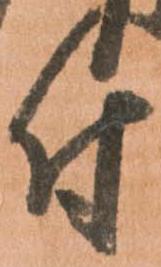
付